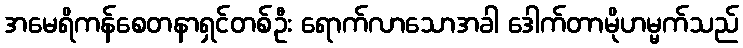
အမေရိကန်စေတနာရှင်တစ်ဦး ရောက်လာသောအခါ ဒေါက်တာမိုဟမ္မက်သည်